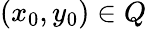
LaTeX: (x_{0},y_{0})\in Q